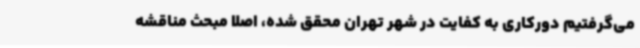
می‌گرفتیم دورکاری به کفایت در شهر تهران محقق شده، اصلا مبحث مناقشه